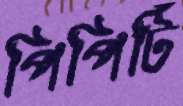
পিপিটি